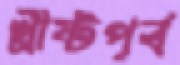
খ্রীষ্টপূর্ব